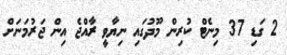
2 ގަޑި 37 މިނެޓް ކުރިން މޫދުގައި ނިޔާވީ ރާއްޖެ އިން ޖަރުމަނަށް